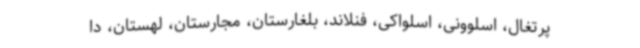
پرتغال، اسلوونی، اسلواکی، فنلاند، بلغارستان، مجارستان، لهستان، دا